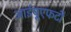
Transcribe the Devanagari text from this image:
आईयूएफटी